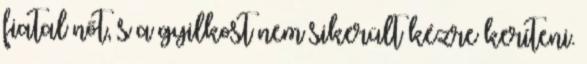
fiatal nőt, s a gyilkost nem sikerült kézre keríteni.